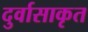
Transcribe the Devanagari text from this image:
दुर्वासाकृत